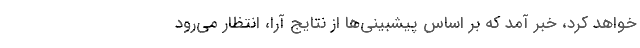
خواهد کرد، خبر آمد که بر اساس پیشبینی‌ها از‌ نتایج آرا، انتظار می‌رود